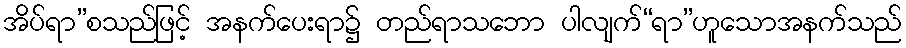
အိပ်ရာ”စသည်ဖြင့် အနက်ပေးရာ၌ တည်ရာသဘော ပါလျက်“ရာ”ဟူသောအနက်သည်